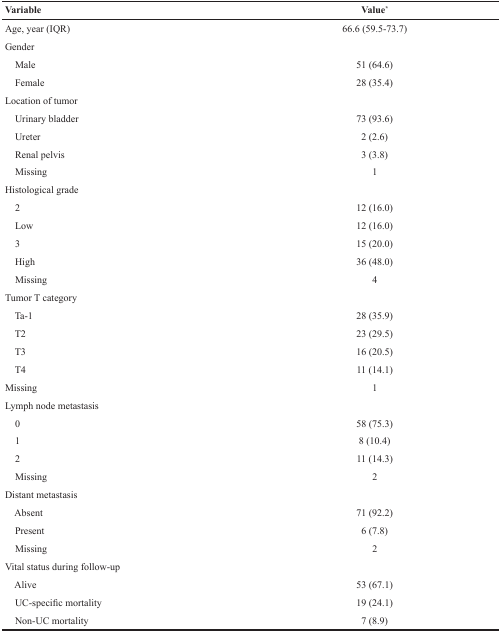
<table><thead><tr><td><b>Variable</b></td><td><b>Value*</b></td></tr></thead><tbody><tr><td>Age, year (IQR)</td><td>66.6 (59.5-73.7)</td></tr><tr><td>Gender</td><td></td></tr><tr><td> Male</td><td>51 (64.6)</td></tr><tr><td> Female</td><td>28 (35.4)</td></tr><tr><td>Location of tumor</td><td></td></tr><tr><td> Urinary bladder</td><td>73 (93.6)</td></tr><tr><td> Ureter</td><td>2 (2.6)</td></tr><tr><td> Renal pelvis</td><td>3 (3.8)</td></tr><tr><td> Missing</td><td>1</td></tr><tr><td>Histological grade</td><td></td></tr><tr><td> 2</td><td>12 (16.0)</td></tr><tr><td> Low</td><td>12 (16.0)</td></tr><tr><td> 3</td><td>15 (20.0)</td></tr><tr><td> High</td><td>36 (48.0)</td></tr><tr><td> Missing</td><td>4</td></tr><tr><td>Tumor T category</td><td></td></tr><tr><td> Ta-1</td><td>28 (35.9)</td></tr><tr><td> T2</td><td>23 (29.5)</td></tr><tr><td> T3</td><td>16 (20.5)</td></tr><tr><td> T4</td><td>11 (14.1)</td></tr><tr><td>Missing</td><td>1</td></tr><tr><td>Lymph node metastasis</td><td></td></tr><tr><td> 0</td><td>58 (75.3)</td></tr><tr><td> 1</td><td>8 (10.4)</td></tr><tr><td> 2</td><td>11 (14.3)</td></tr><tr><td> Missing</td><td>2</td></tr><tr><td>Distant metastasis</td><td></td></tr><tr><td> Absent</td><td>71 (92.2)</td></tr><tr><td> Present</td><td>6 (7.8)</td></tr><tr><td> Missing</td><td>2</td></tr><tr><td>Vital status during follow-up</td><td></td></tr><tr><td> Alive</td><td>53 (67.1)</td></tr><tr><td> UC-specific mortality</td><td>19 (24.1)</td></tr><tr><td> Non-UC mortality</td><td>7 (8.9)</td></tr></tbody></table>